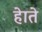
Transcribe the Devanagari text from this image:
हेाते